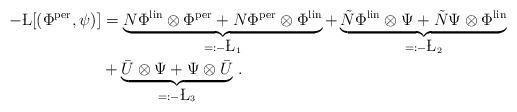
LaTeX: \begin{align*}-\L[(\Phi^{\rm per},\psi)] &= \underbrace{N\Phi^{\rm lin} \otimes \Phi^{\rm per} + N\Phi^{\rm per} \otimes \Phi^{\rm lin}}_{=: -\L_1} + \underbrace{\tilde{N} \Phi^{\rm lin} \otimes \Psi + \tilde{N} \Psi \otimes \Phi^{\rm lin}}_{=: -\L_2} \\&+ \underbrace{\bar{U} \otimes \Psi + \Psi \otimes \bar{U}}_{=: -\L_3} \, .\end{align*}